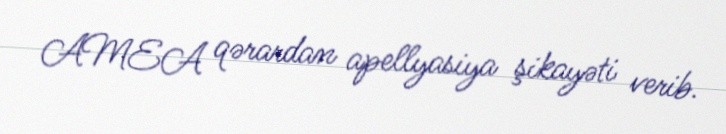
AMEA qərardan apellyasiya şikayəti verib.